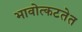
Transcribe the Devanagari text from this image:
भावोत्कटतेत